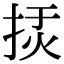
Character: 𢭅